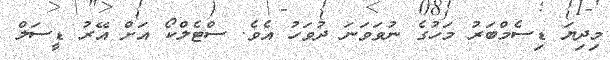
މިދިޔަ ޑިސެމްބަރު މަހުގެ ނުވަވަނަ ދުވަހު އެވެ. ސްޓެލްކޯ އަށް އޭރު ޑީސަލް